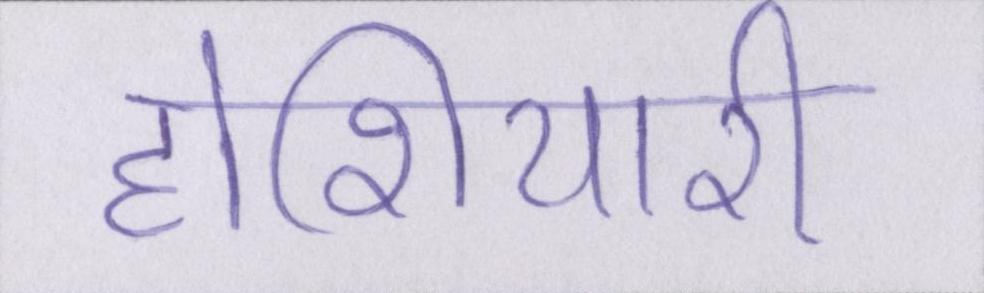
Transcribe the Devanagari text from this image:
होशियारी